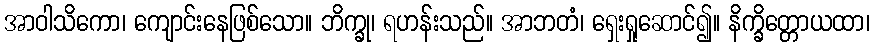
အာဝါသိကော၊ ကျောင်းနေဖြစ်သော။ ဘိက္ခု၊ ရဟန်းသည်။ အာဘတံ၊ ရှေးရှုဆောင်၍။ နိက္ခိတ္တောယထာ၊